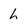
Character: h